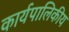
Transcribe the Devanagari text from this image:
कार्यपालिकीय